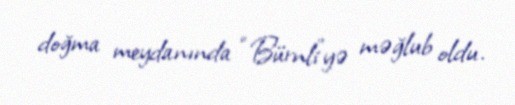
doğma meydanında “Bürnli”yə məğlub oldu.